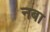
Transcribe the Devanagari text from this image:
नबा